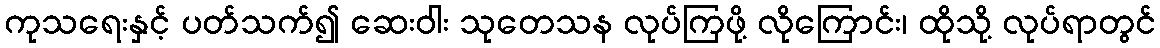
ကုသရေးနှင့် ပတ်သက်၍ ဆေးဝါး သုတေသန လုပ်ကြဖို့ လိုကြောင်း၊ ထိုသို့ လုပ်ရာတွင်